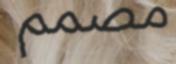
مصمم